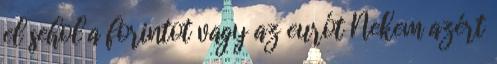
el sehol a forintot vagy az eurót Nekem azért